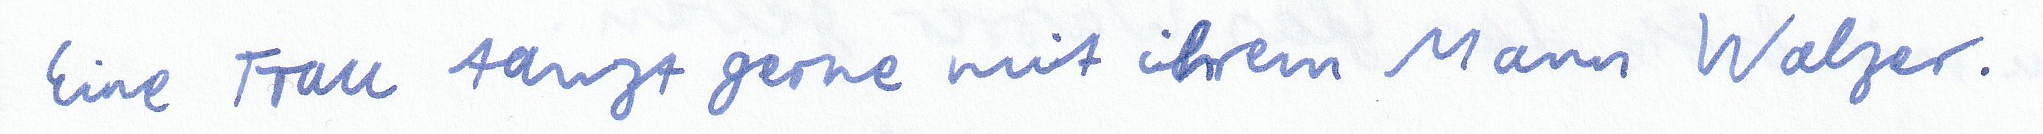
Eine Frau tanzt gerne mit ihrem Mann Walzer.